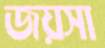
জয়সা